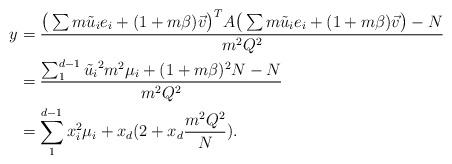
LaTeX: \begin{align*}y&=\frac{\big( \sum m \tilde{u}_i e_i +(1+m\beta)\vec{v} \big)^T A \big( \sum m \tilde{u}_i e_i +(1+m\beta)\vec{v} \big)-N}{m^2Q^2}\\&=\frac{\sum_{1}^{d-1} \tilde{u_i}^2m^2\mu_i+(1+m\beta)^2N-N}{m^2Q^2}\\&=\sum_{1}^{d-1} x_i^2\mu_i+ x_d(2+x_d\frac{m^2Q^2}{N}).\end{align*}